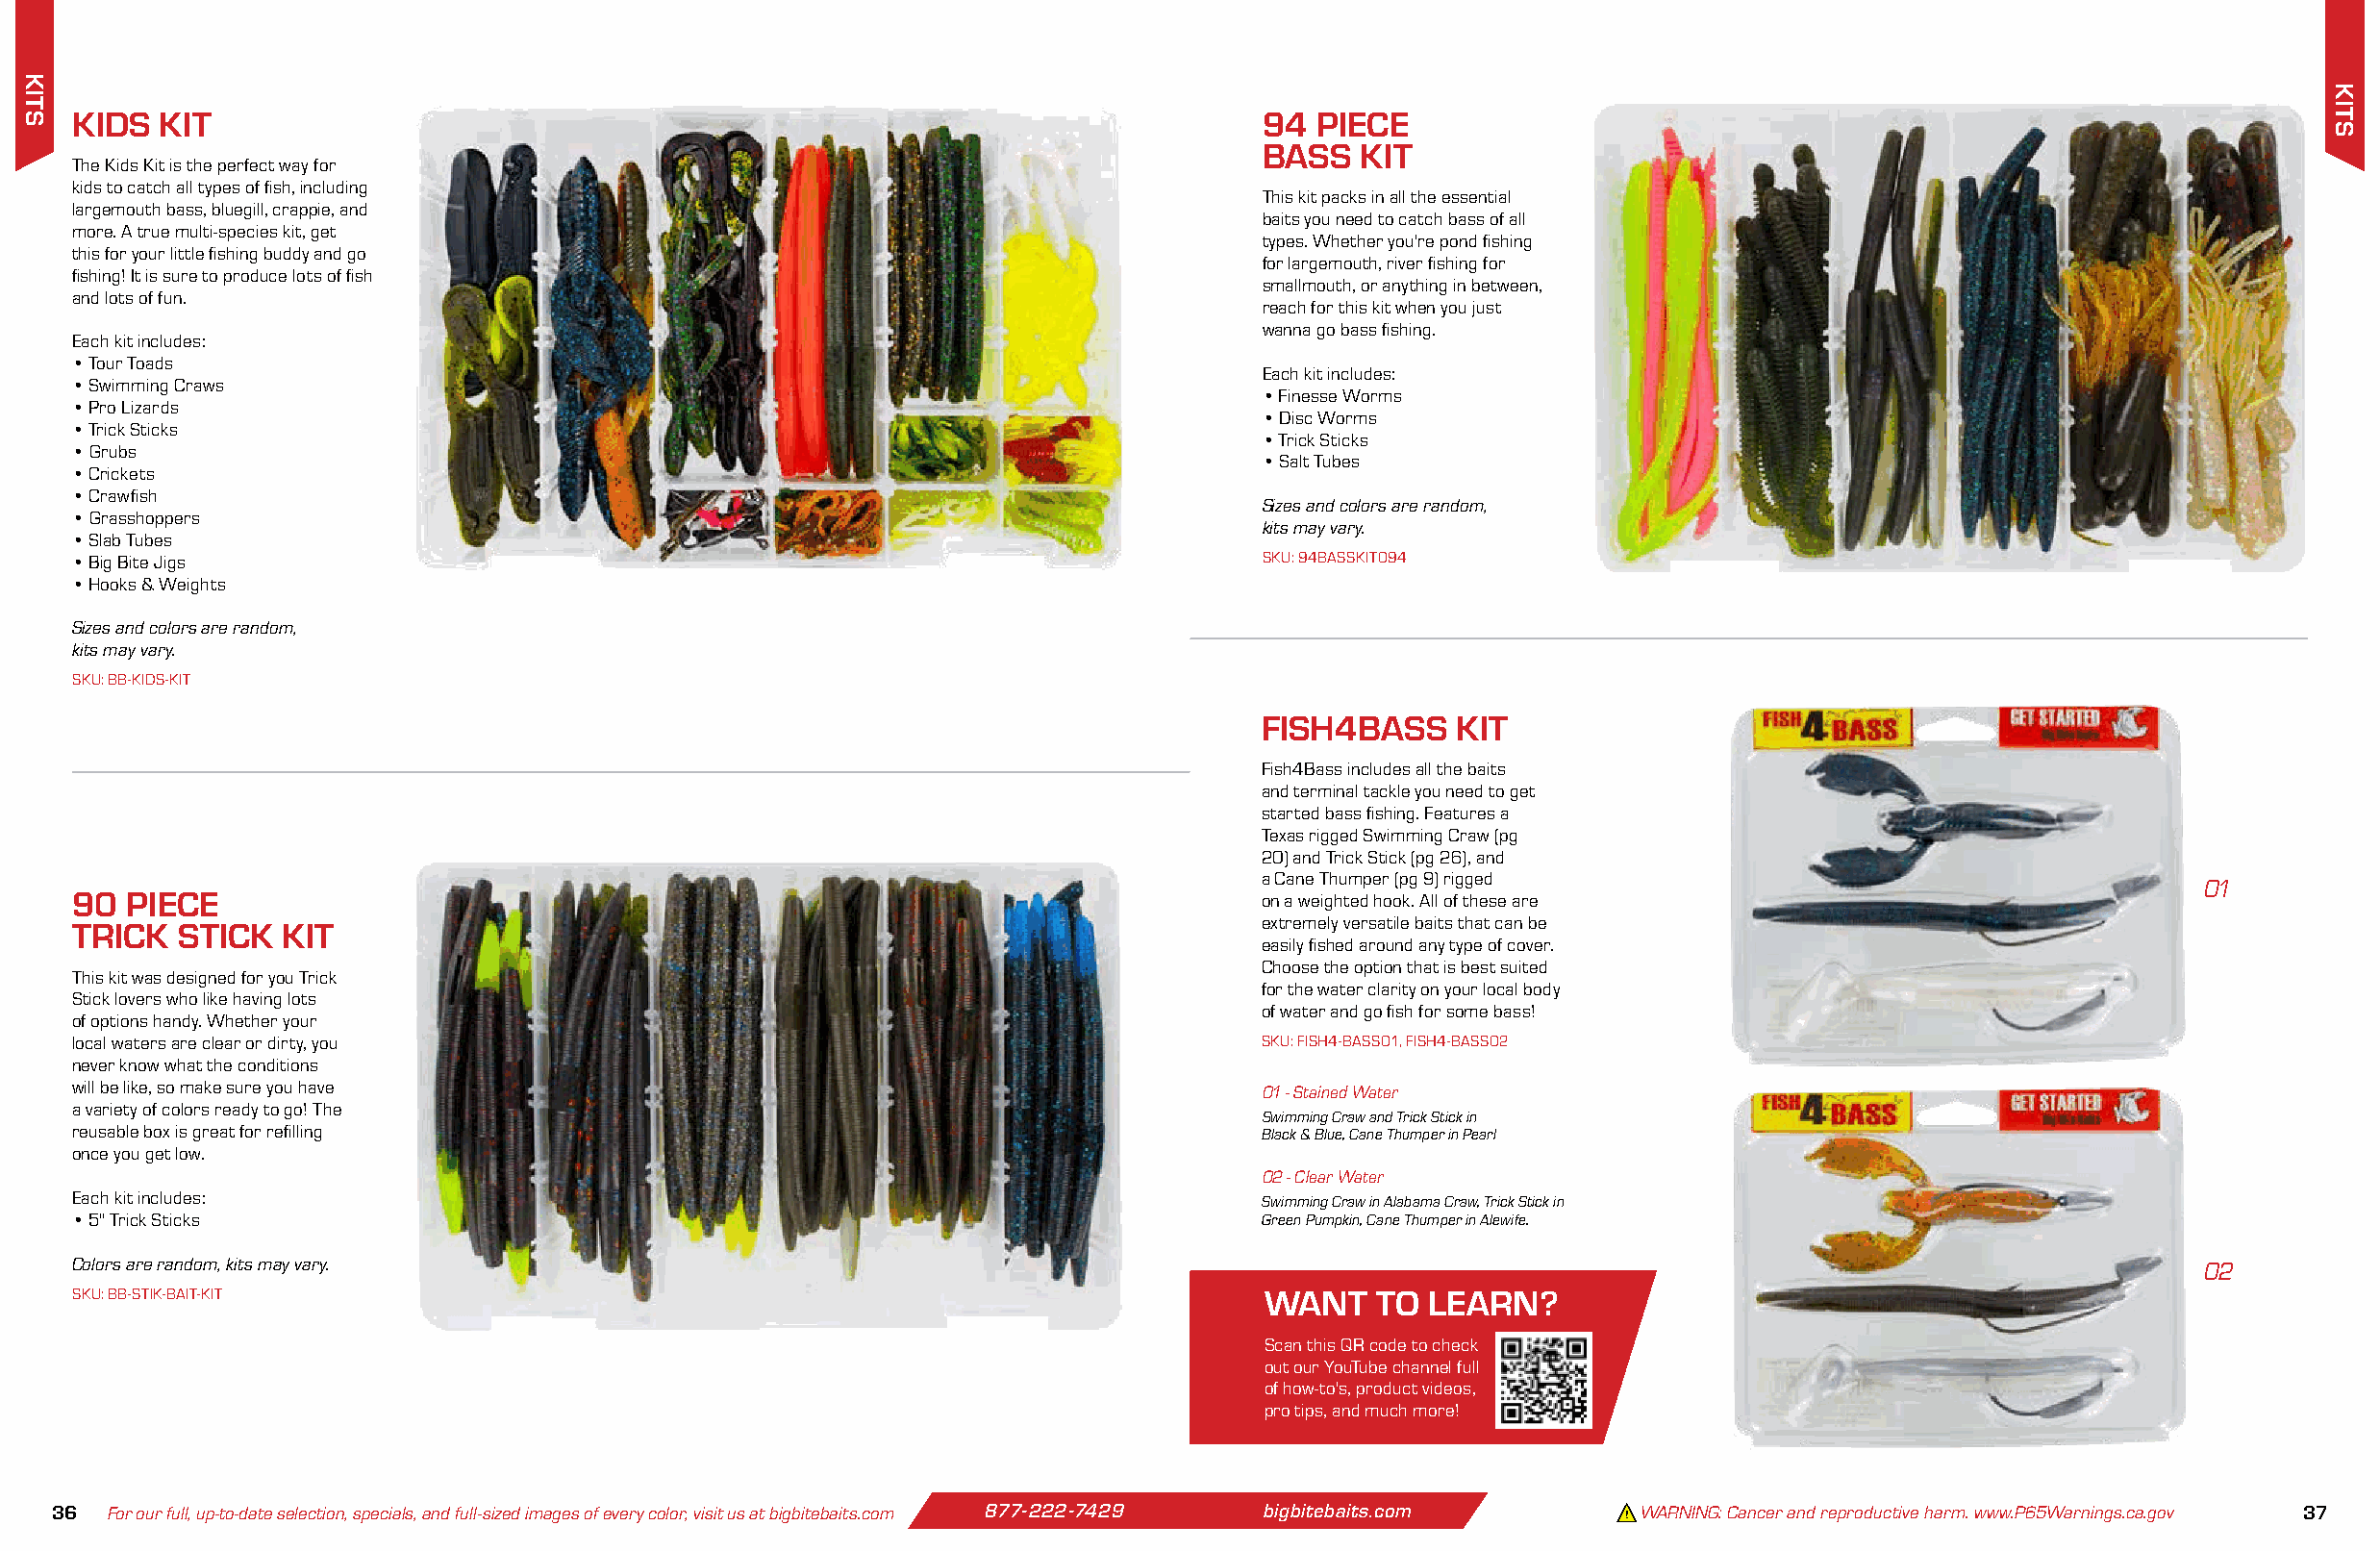
KIDS  KIT                                                                         94  PIECE
 BASS   KIT
 The Kids Kit is the perfect way for
 kids to catch all types of fish, including
 This kit packs in all the essential
 largemouth bass, bluegill, crappie, and
 baits you need to catch bass of all
 more. A true multi-species kit, get
 types. Whether you're pond fishing
 this for your little fishing buddy and go
 for largemouth, river fishing for
 fishing! It is sure to produce lots of fish
 smallmouth, or anything in between,
 and lots of fun.
 reach for this kit when you just
 wanna go bass fishing.
 Each kit includes:
 • Tour Toads
 Each kit includes:
 • Swimming Craws
 • Finesse Worms
 • Pro Lizards
 • Disc Worms
 • Trick Sticks
 • Trick Sticks
 • Grubs
 • Salt Tubes
 • Crickets
 • Crawfish
 Sizes and colors are random,
 • Grasshoppers
 kits may vary.
 • Slab Tubes
 • Big Bite Jigs                                                                   SKU: 94BASSKIT094
 • Hooks & Weights
 Sizes and colors are random,
 kits may vary.
 SKU: BB-KIDS-KIT
 FISH4BASS    KIT
 Fish4Bass includes all the baits
 and terminal tackle you need to get
 started bass fishing. Features a
 Texas rigged Swimming Craw (pg
 20) and Trick Stick (pg 26), and
 a Cane Thumper (pg 9) rigged
 01
 90  PIECE                                                                         on a weighted hook. All of these are
 extremely versatile baits that can be
 TRICK  STICK  KIT
 easily fished around any type of cover.
 Choose the option that is best suited
 This kit was designed for you Trick
 for the water clarity on your local body
 Stick lovers who like having lots
 of water and go fish for some bass!
 of options handy. Whether your
 local waters are clear or dirty, you                                              SKU: FISH4-BASS01, FISH4-BASS02
 never know what the conditions
 will be like, so make sure you have                                               01 - Stained Water
 a variety of colors ready to go! The
 Swimming Craw and Trick Stick in
 reusable box is great for refilling                                               Black & Blue, Cane Thumper in Pearl
 once you get low.
 02 - Clear Water
 Each kit includes:                                                                Swimming Craw in Alabama Craw, Trick Stick in
 • 5" Trick Sticks                                                                 Green Pumpkin, Cane Thumper in Alewife.
 Colors are random, kits may vary.                                                                                                                  02
 SKU: BB-STIK-BAIT-KIT                                                             WANT    TO LEARN?
 Scan this QR code to check
 out our YouTube channel full
 of how-to's, product videos,
 pro tips, and much more!
 36 For our full, up-to-date selection, specials, and full-sized images of every color, visit us at bigbitebaits.com 877-222-7429 bigbitebaits.com WARNING: Cancer and reproductive harm. www.P65Warnings.ca.gov 37
 KITS
 .
 KITS
 .